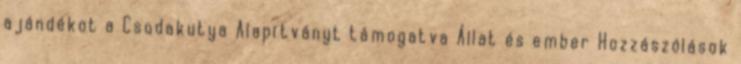
ajándékot a Csodakutya Alapítványt támogatva Állat és ember Hozzászólások